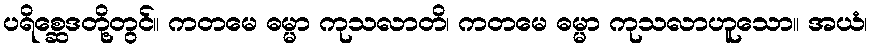
ပရိစ္ဆေဒတို့တွင်။ ကတမေ ဓမ္မာ ကုသလာတိ၊ ကတမေ ဓမ္မာ ကုသလာဟူသော။ အယံ၊